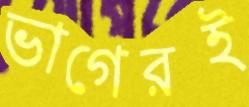
ভাগেরই